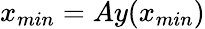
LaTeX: x_{min}=Ay(x_{min})